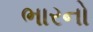
ભારનો